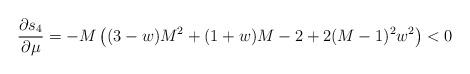
LaTeX: \begin{align*}\frac{\partial s_4}{\partial\mu}=-M \left((3-w)M^2+(1+w)M-2+2(M-1)^2 w^2\right) <0\end{align*}